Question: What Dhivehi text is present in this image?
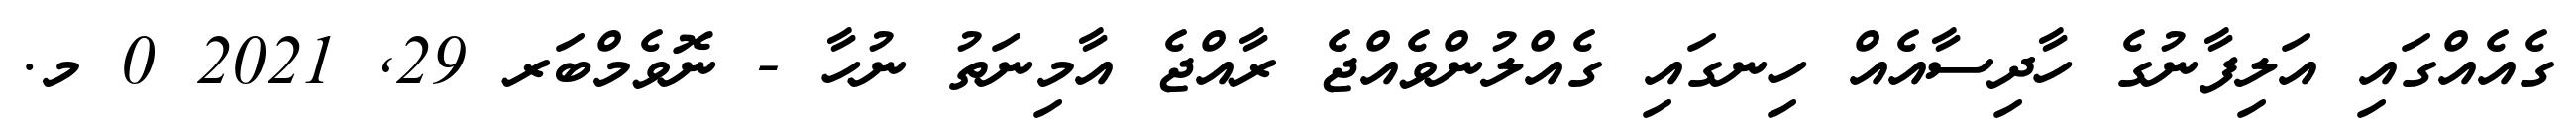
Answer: ގެއެއްގައި އަލިފާނުގެ ހާދިސާއެއް ހިނގައި ގެއްލުންވެއްޖެ ރާއްޖެ އާމިނަތު ނުހާ - ނޮވެމްބަރ 29, 2021 0 މ.